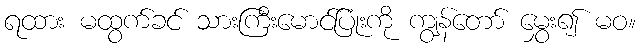
ရထား မထွက်ခင် သားကြီးမောင်ပြုံးကို ကျွန်တော် မွှေး၍ မဝ။